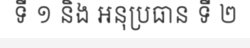
ទី ១ និង អនុប្រធាន ទី ២